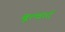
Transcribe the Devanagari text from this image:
बूल्वार्द